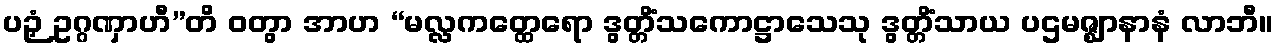
ပဉှံ ဥဂ္ဂဏှာဟီ”တိ ဝတွာ အာဟ “မလ္လကတ္ထေရော ဒွတ္တိံသကောဋ္ဌာသေသု ဒွတ္တိံသာယ ပဌမဇ္ဈာနာနံ လာဘီ။